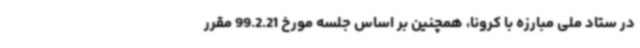
در ستاد ملی مبارزه با کرونا، همچنین بر اساس جلسه مورخ 99.2.21 مقرر